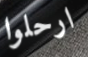
ارحلوا